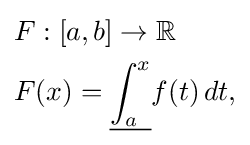
{\begin{aligned}&{}F:[a,b]\to \mathbb {R} \\&{}F(x)={\underline {\int _{a}^{x}}}f(t)\,dt,\end{aligned}}